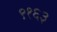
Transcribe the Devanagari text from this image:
९१६३